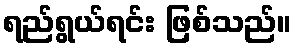
ရည်ရွယ်ရင်း ဖြစ်သည်။